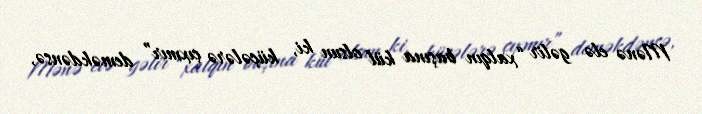
Mənə elə gəlir “xalqın başına kül olsun ki, küçələrə çıxmır” deməkdənsə,